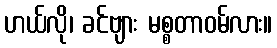
ဟယ်လို၊ ခင်ဗျား မစ္စတာဝမ်လား။